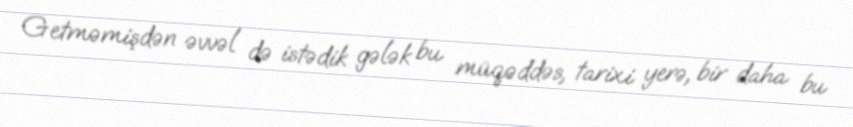
Getməmişdən əvvəl də istədik gələk bu müqəddəs, tarixi yerə, bir daha bu